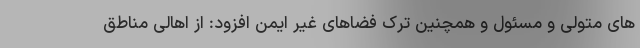
های متولی و مسئول و همچنین ترک فضاهای غیر ایمن افزود: از اهالی مناطق